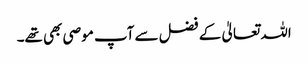
اللہ تعالیٰ کے فضل سے آپ موصی بھی تھے۔